Madras plague regulations and rules for district municipalities and other towns and villages
Disease focus: Plague
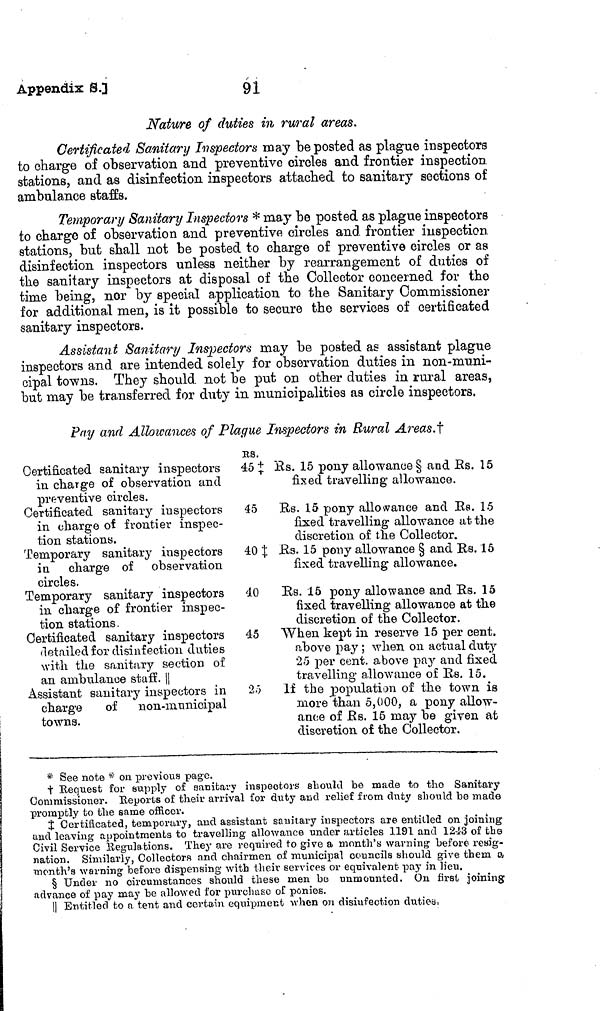
Appendix S.]
91
Nature of duties in rural areas.
Certificated Sanitary Inspectors may be posted as plague inspectors
to charge of observation and preventive circles and frontier inspection,
stations, and as disinfection inspectors attached to sanitary sections of
ambulance staffs.
Temporary Sanitary Injectors * may be posted as plague inspectors
to charge of observation and preventive circles and frontier inspection
stations, but shall not be posted to charge of preventive circles or as
disinfection inspectors unless neither by rearrangement of duties of
the sanitary inspectors at disposal of the Collector concerned for the
time being, nor by special application to the Sanitary Commissioner
for additional men, is it possible to secure the services of certificated
sanitary inspectors.
Assistant Sanitary Inspectors may be posted as assistant plague
inspectors and are intended solely for observation duties in non-muni-
cipal towns. They should not be put on other duties in rural areas,
but may be transferred for duty in municipalities as circle inspectors.
Pay and Allowances of Plague Inspectors in Rural Areas.†
Certificated sanitary inspectors
in charge of observation and
preventive circles.
Certificated sanitary inspectors
in charge oí frontier inspec-
tion stations.
Temporary sanitary inspectors
in charge of observation
circles.
Temporary sanitary inspectors
in charge of frontier inspec-
tion stations.
Certificated sanitary inspectors
detailed for disinfection duties
with the sanitary section of
an ambulance staff.
Assistant sanitary inspectors in
charge
of non-municipal
towns.
Rs.
45 ‡
45
40 ‡
40
45
25
Rs. 15 pony allowance § and Rs. 15
fixed travelling allowance.
Rs. 15 pony allowance and Rs. 15
fixed travelling allowance at the
discretion of the Collector.
Rs. 15 pony allowance § and Rs. 15
fixed travelling allowance.
Rs. 15 pony allowance and Rs. 15
fixed travelling allowance at the
discretion of the Collector.
When kept in reserve 15 per cent.
above pay ; when on actual duty
25 per cent, above pay and fixed
travelling allowance of Rs. 15.
If the population of the town is
more than 5,000, a pony allow-
ance of Rs. 15 may be given at
discretion of the Collector.
* See note * on previous page.
† Request for supply of sanitary inspectors should be made to the Sanitary
Commissioner. Reports of their arrival for duty arid relief from duty should bo made
promptly to the same officer.
‡ Certificated, temporary, and assistant sanitary inspectors are entitled on joining
and leaving appointments to travelling allowance under articles 1191 and 1243 of the
Civil Service Regulations. They are required to give a month's warning before resig-
nation. Similarly, Collectors and chairmen of municipal councils should give them a
month's warning before dispensing with their services or equivalent pay in lieu.
§ Under no circumstances should these men be unmounted. On first joining;
advance of pay may be allowed for purchase of ponies.
Entitled to a tent and certain equipment when on disinfection duties.